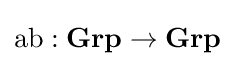
{\text{ab}}:{\textbf {Grp}}\to {\textbf {Grp}}